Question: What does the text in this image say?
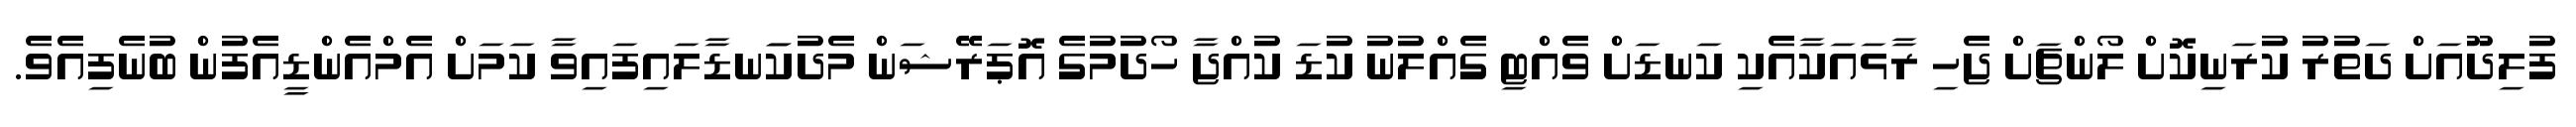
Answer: ފުލިދޫއަށް ދަތުރު ކުރަނިކޮށް ލޯންޗަށް ޖެހި ރާޅައަކާއެކި ކަނޑަށް ވެއްޓި ގެއްލުނު ކުޑަ ކުއްޖާ ހޯދުމުގެ އޮޕަރޭޝަން މެދުކަަނޑާލައިފައިވާ ކަމަށް އެމްއެންޑީއެފުން ބުނެފިއެވެ.